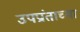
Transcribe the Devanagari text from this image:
उपप्रांताच्या